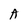
Character: A